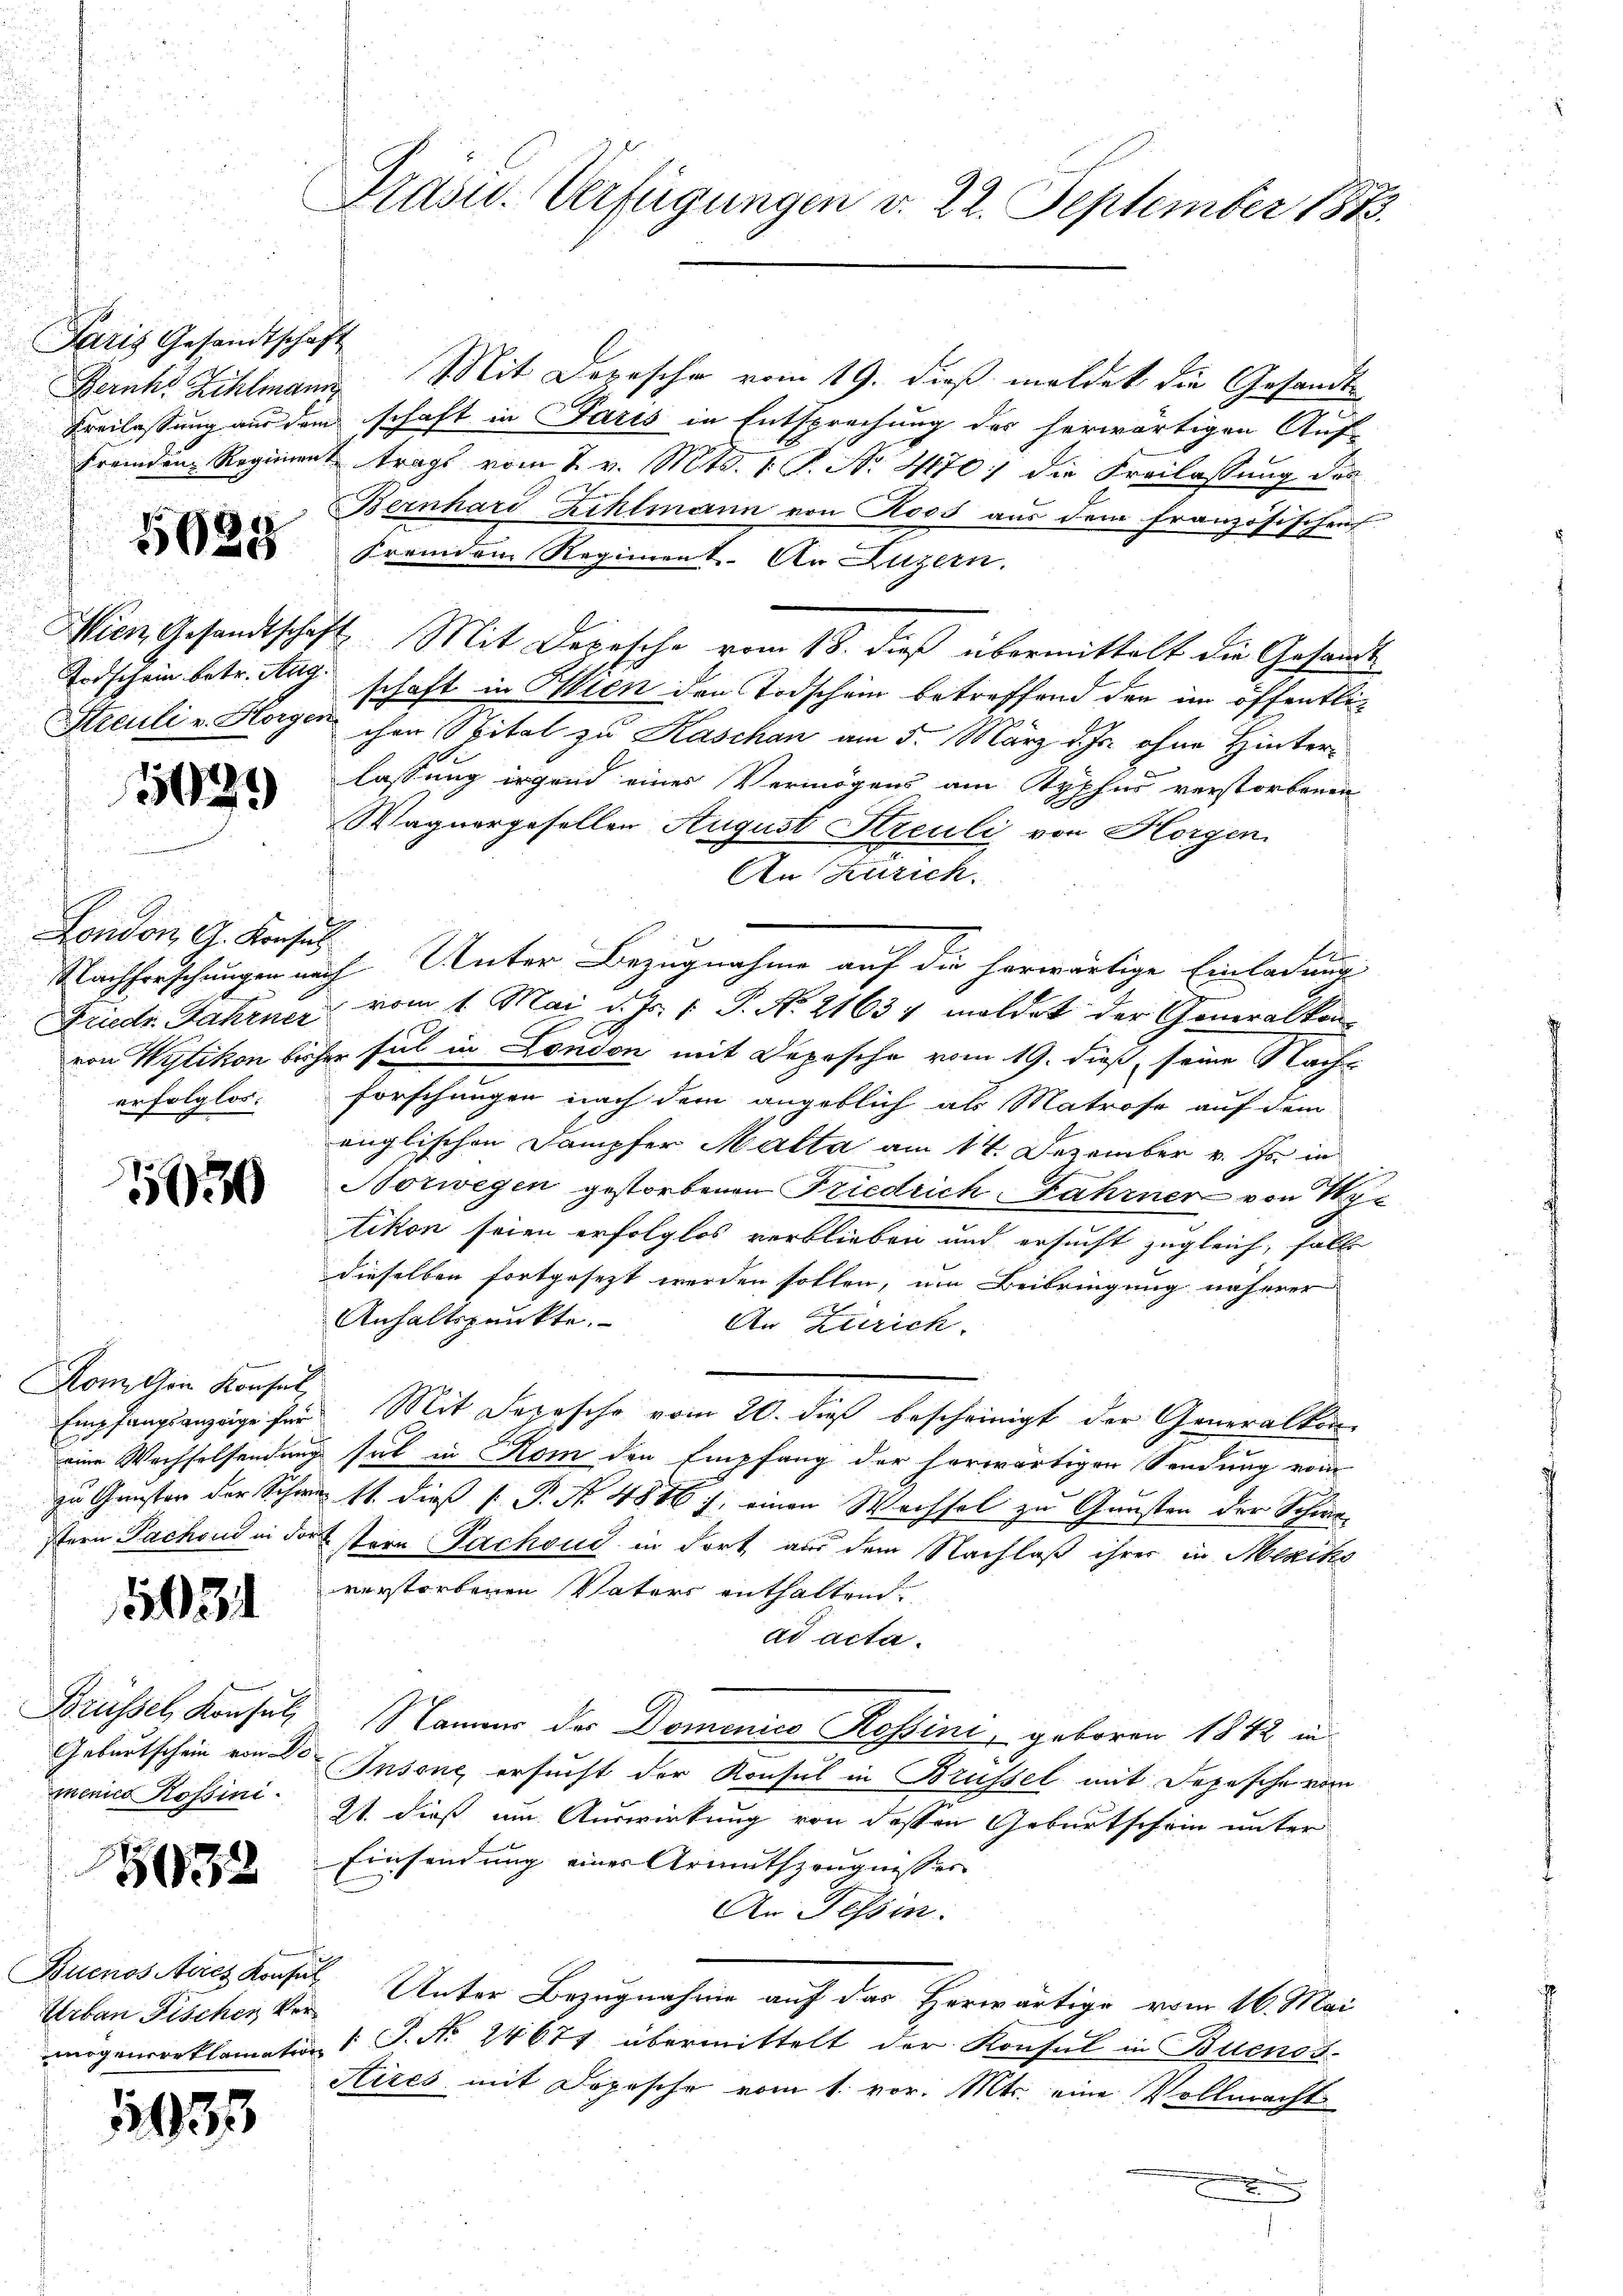
Paris Gesandtschaft

5625

Streuli v. Horgen

1029

London, G. Konsul
erfolglos.

150

Komchen Konsul

1034

menico Rossini.

e

5032

Urban Fischer Ver¬

1935

Präsid. Verfügungen d. 22. September 1873.

Bernhs Zihlmann Mit Depesche vom 19. dieß meldet die Gesandte
Beilassung aus dem schaft in Paris in Entsprechung des herwärtigen Auf-
Fremden Regiment trags vom 7. v. Mts. 1. P. Nr. 4170) die Freilassung des
Bernhard Zihlmann von Roos aus dem französischen
Fremden Regiment. An Luzern.
Wien Gesandtschaft Mit Depesche vom 18. dieß übermittelt die Gesandt
Todschein betr. Aug. schaft in Illien den Todschein betreffend den im öffentlichen Spital zu Kaschau am 5. März d. Js. ohne Hinterlassung irgend eines Vermögens am Styphus verstorbenen
Wagnergesellen August Streuli von Horgen.
An Zürich.
E
Nachforschungen nach Unter Bezugnahme auf die herwärtige Einladung
Friedr. Jahrner vom 1. Mai d. Js. v. P. Nr. 21637 meldet der Generalkon
von Wytikon bisher ful in London mit Deposche vom 19. dieß, seine Nach-
forschungen nach dem angeblich als Matrose auf dem
änglischen Dampfer Matta am 14. Dezember v. Js. in
Norwegen gestorbenen Friedrich Fahrner von Vyc
tikon seien erfolglos verblieben und ersucht zugleich, falls
dieselben fortgesezt werden sollen, um Beibringung näherer
Anhaltspunkte.
An Zürich.
Empfangsanzeige für Mit Sepesche vom 20. dieß bescheinigt der Generalkon
d
eine Wachselsendung hat in Rom den Empfang der herwärtigen Sendung vom
e
zu Gunster der Schwer 11. dieß P. Nr. 4816 u. einen Wechsel zu Gunsten der Schwestern Pachend in darstern Pachoud in dort aus dem Nachlaß ihrer in Mexiko
verstorbenen Vaters enthaltend.
ad acta.
Brüssel, Konsul, Name der Domenico Rossini, geboren 1842 in
Geburtschein von 3 Insone ersucht der Konsul in Brüssel mit Depesche vom
21. dieß um Auswirkung von dessen Geburtschein unter
Einsendung eines Armutszeugnisses
An Tessin.
Buenosses Konsul Unter Bezugnahme auf das Herwärtige vom 16. Mai
nögensreklamation 1 S. Nr. 24674 übermittelt der Konsul in Buenos-
Aires mit Dopesche vom 1. vor. Mts. eine Vollmacht

7